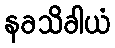
နခသိခါယံ